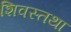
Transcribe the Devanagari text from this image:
शिवस्तथा